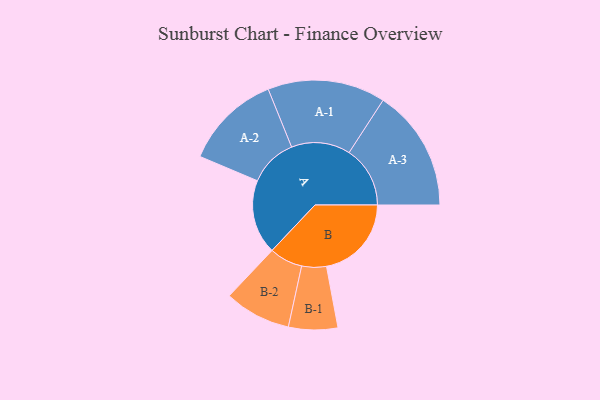
{"axis": {"x": "Segment", "y": "Value"}, "legend": ["", "A", "B"], "data": [{"x": "A", "y": 351, "type": ""}, {"x": "B", "y": 401, "type": ""}, {"x": "A-1", "y": 278, "type": "A"}, {"x": "A-2", "y": 228, "type": "A"}, {"x": "A-3", "y": 288, "type": "A"}, {"x": "B-1", "y": 116, "type": "B"}, {"x": "B-2", "y": 157, "type": "B"}]}